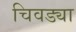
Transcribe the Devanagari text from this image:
चिवड्या